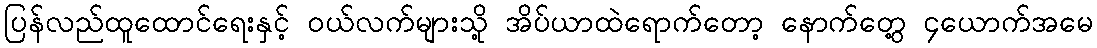
ပြန်လည်ထူထောင်ရေးနှင့် ဝယ်လက်များသို့ အိပ်ယာထဲရောက်တော့ နောက်တွေ့ ၄ယောက်အမေ